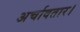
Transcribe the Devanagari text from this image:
अर्चावतार।